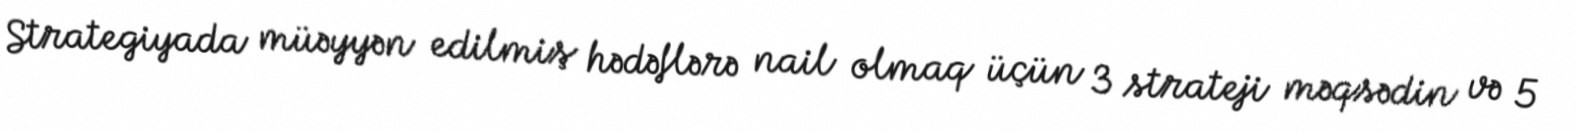
Strategiyada müəyyən edilmiş hədəflərə nail olmaq üçün 3 strateji məqsədin və 5